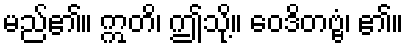
မည်၏။ ဣတိ၊ ဤသို့။ ဝေဒိတဗ္ဗံ၊ ၏။